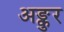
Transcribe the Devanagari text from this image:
अङ्कुर